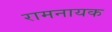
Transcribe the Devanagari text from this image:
रामनायक